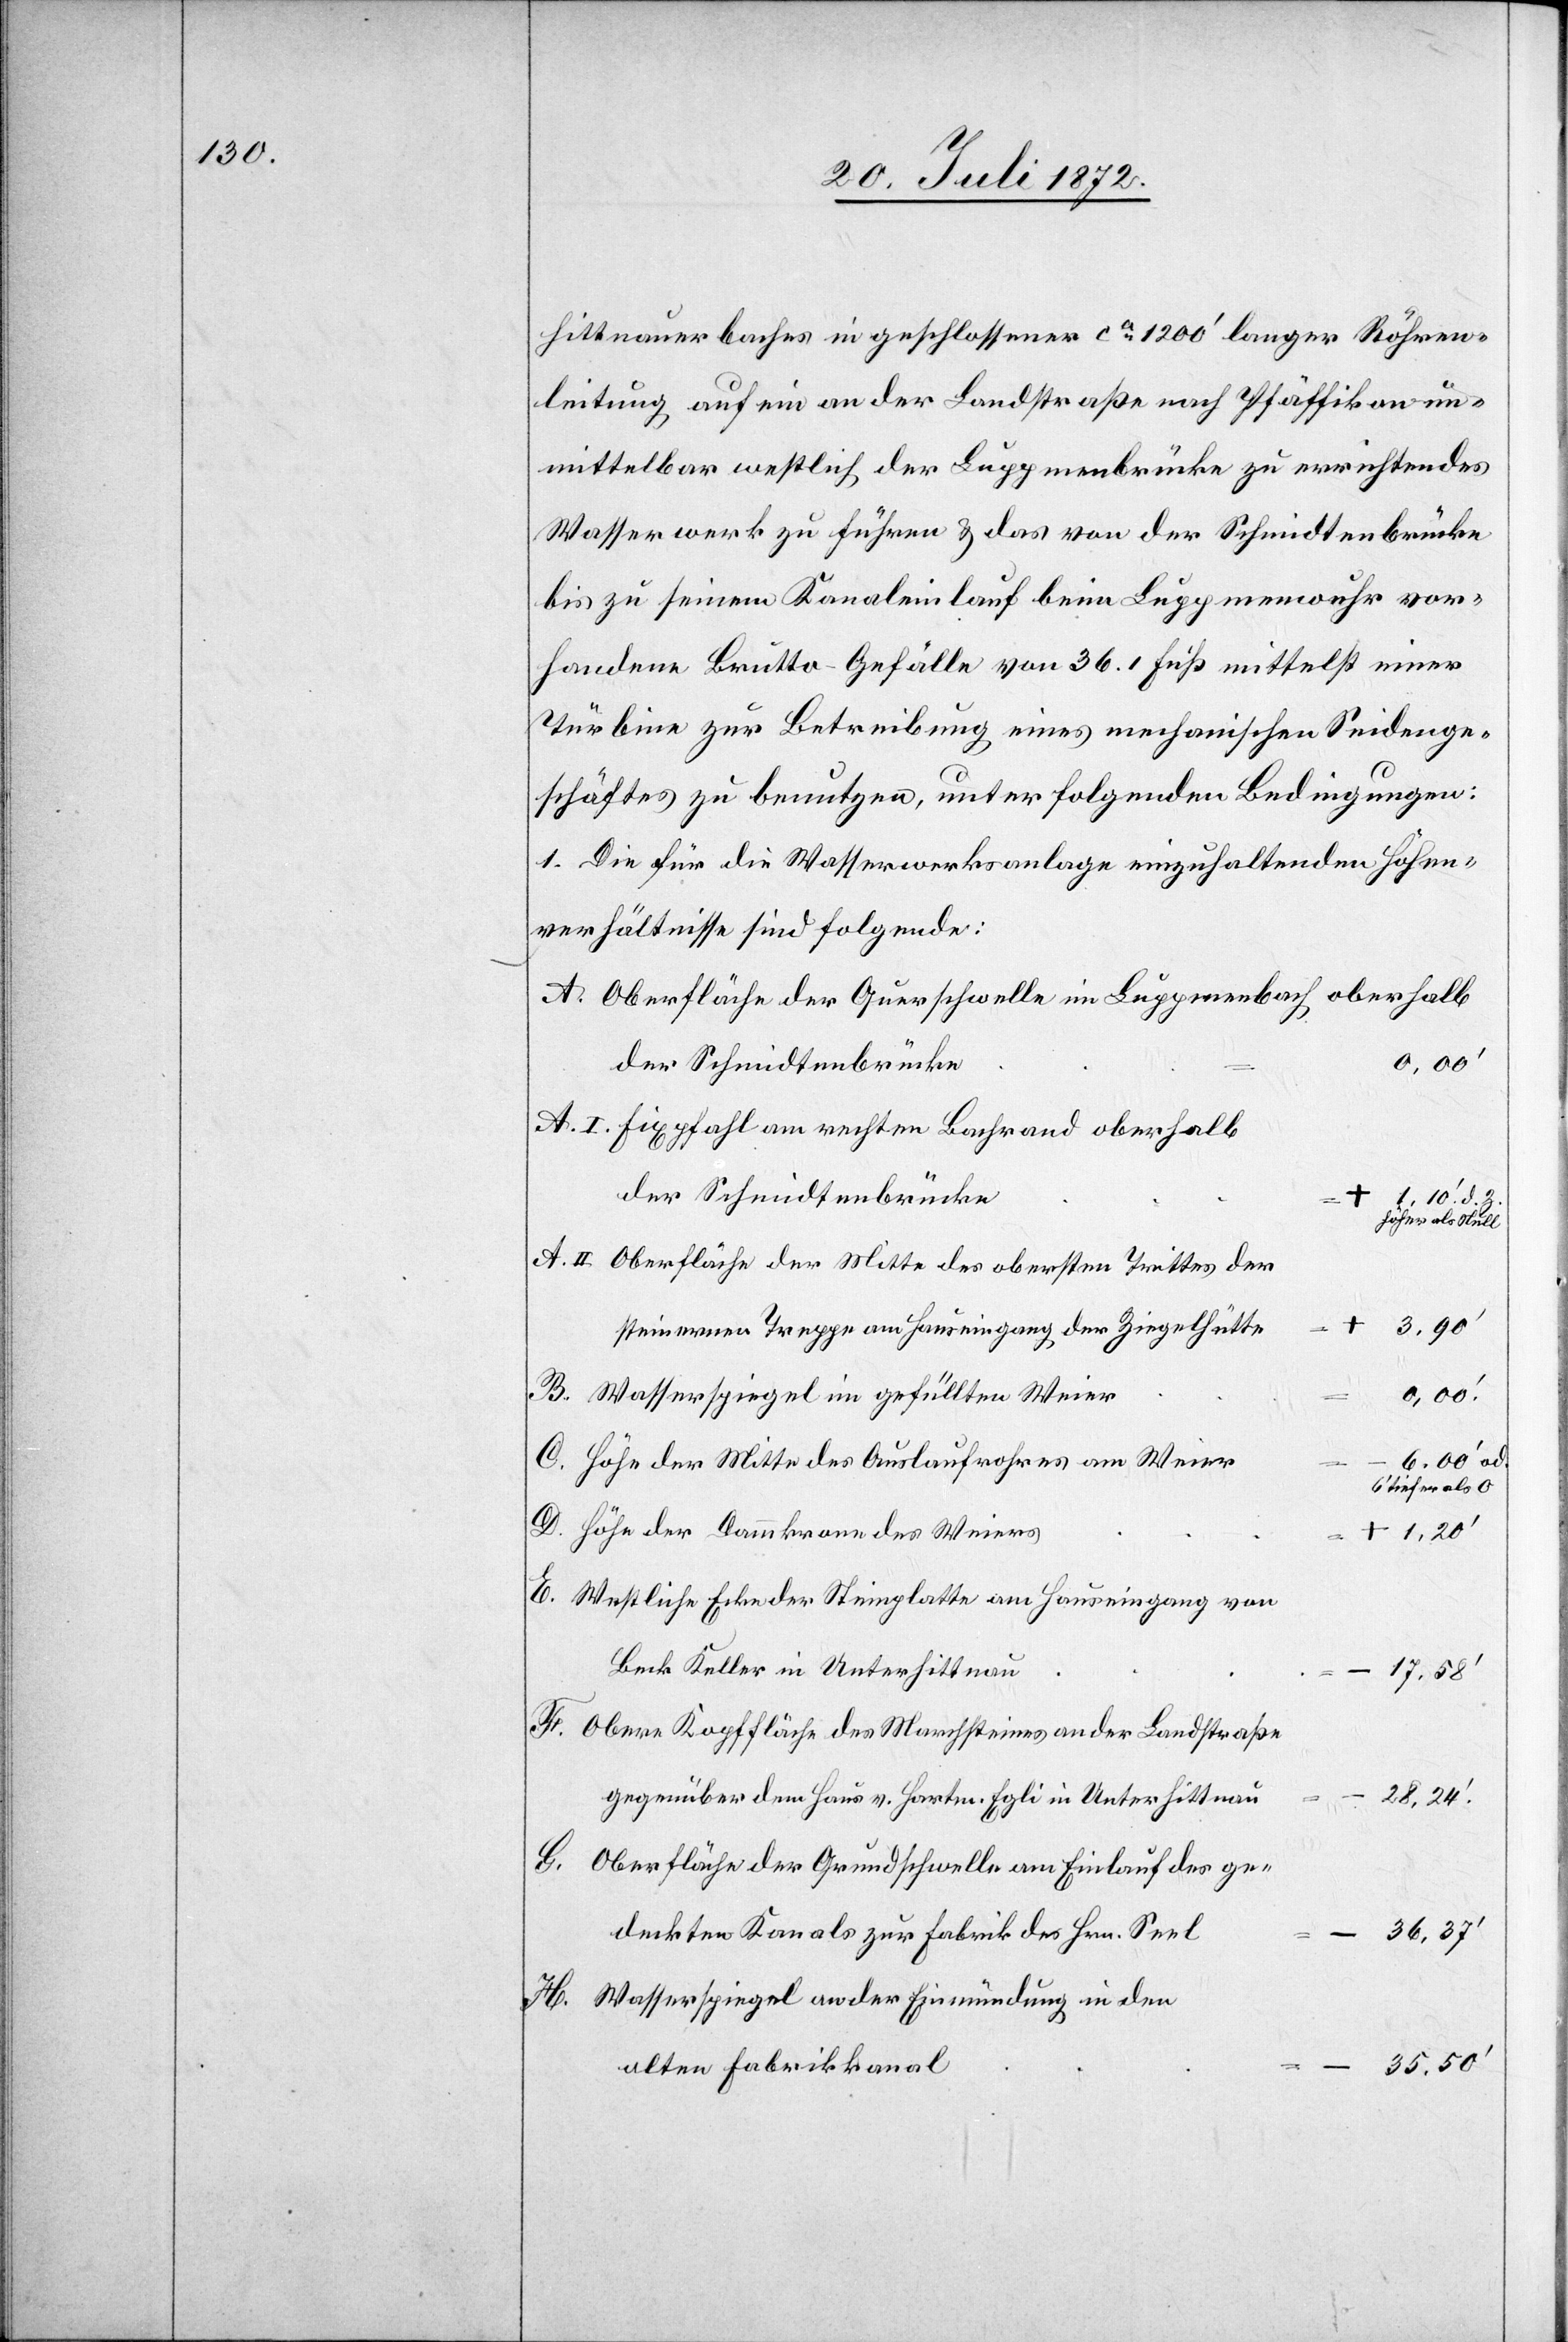
hittnauerbaches in geschlossener ca 1200’ langer Röhren¬
leitung auf ein an der Landstraße nach Pfäffikon un¬
mittelbar westlich der Luppmenbrücke zu errichtendes
Wasserwerk zu führen u. das von der Schmidtenbrücke
bis zu seinem Kanaleinlauf beim Luppmenwuhr vor¬
handene Brutto-Gefälle von 36.1 Fuß mittelst einer
Türbine zur Betreibung eines mechanischen Seidenge¬
schäftes zu benutzen, unter folgenden Bedingungen:
1. Die für die Wasserwerksanlage einzuhaltenden Höhen¬
verhältnisse sind folgende:
Oberfläche der Querschwelle im Luppmenbach oberhalb
der Schmidtenbrücke
A. II.
Fixpfahl am rechten Bachrand oberhalb
der Schmidtenbrücke
höher als Null
Oberfläche der Mitte des obersten Trittes der
d.
steinernen Treppe am Hauseingang der Ziegelhütte
Wasserspiegel im gefüllten Weier
35.50’
Höhe der Mitte des Auslaufrohres am Weier
6.00’ od.
tiefer als 0
Höhe der Dammkrone des Weiers
Westliche Ecke der Steinplatte am Hauseingang von
Beck Keller in Unterhittnau
17,58’
Obere Kopffläche des Marchsteines an der Landstraße
gegenüber dem Haus v. Hartm. Egli in Unterhittnau
28,24.’
G.
Oberfläche der Grundschwelle am Einlauf des ge¬
deckten Kanals zur Fabrik des Hrn. Seel
36,37’
H.
Wasserspiegel an der Einmündung in den
alten Fabrikkanal